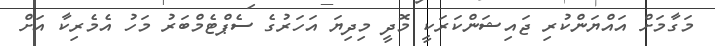
މަގާމަށް އައްޔަންކުރި ޖައިޝަންކަރަކީ މޮދީ މިިދިޔަ އަހަރުގެ ސެޕްޓެމްބަރު މަހު އެމެރިކާ އަށް